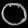
Digit: ၀